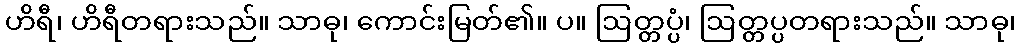
ဟိရီ၊ ဟိရီတရားသည်။ သာဓု၊ ကောင်းမြတ်၏။ ပ။ ဩတ္တပ္ပံ၊ ဩတ္တပ္ပတရားသည်။ သာဓု၊